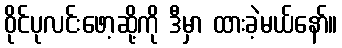
ဝိုင်ပုလင်းဖော့ဆို့ကို ဒီမှာ ထားခဲ့မယ်နော်။